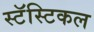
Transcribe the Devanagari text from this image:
स्टॅस्टिकल